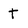
Character: t